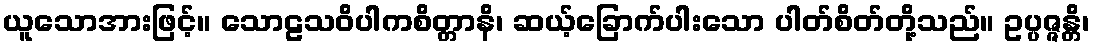
ယူသောအားဖြင့်။ သောဠသဝိပါကစိတ္တာနိ၊ ဆယ့်ခြောက်ပါးသော ပါတ်စိတ်တို့သည်။ ဥပ္ပဇ္ဇန္တိ၊